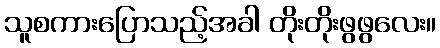
သူစကားပြောသည့်အခါ တိုးတိုးဖွဖွလေး။